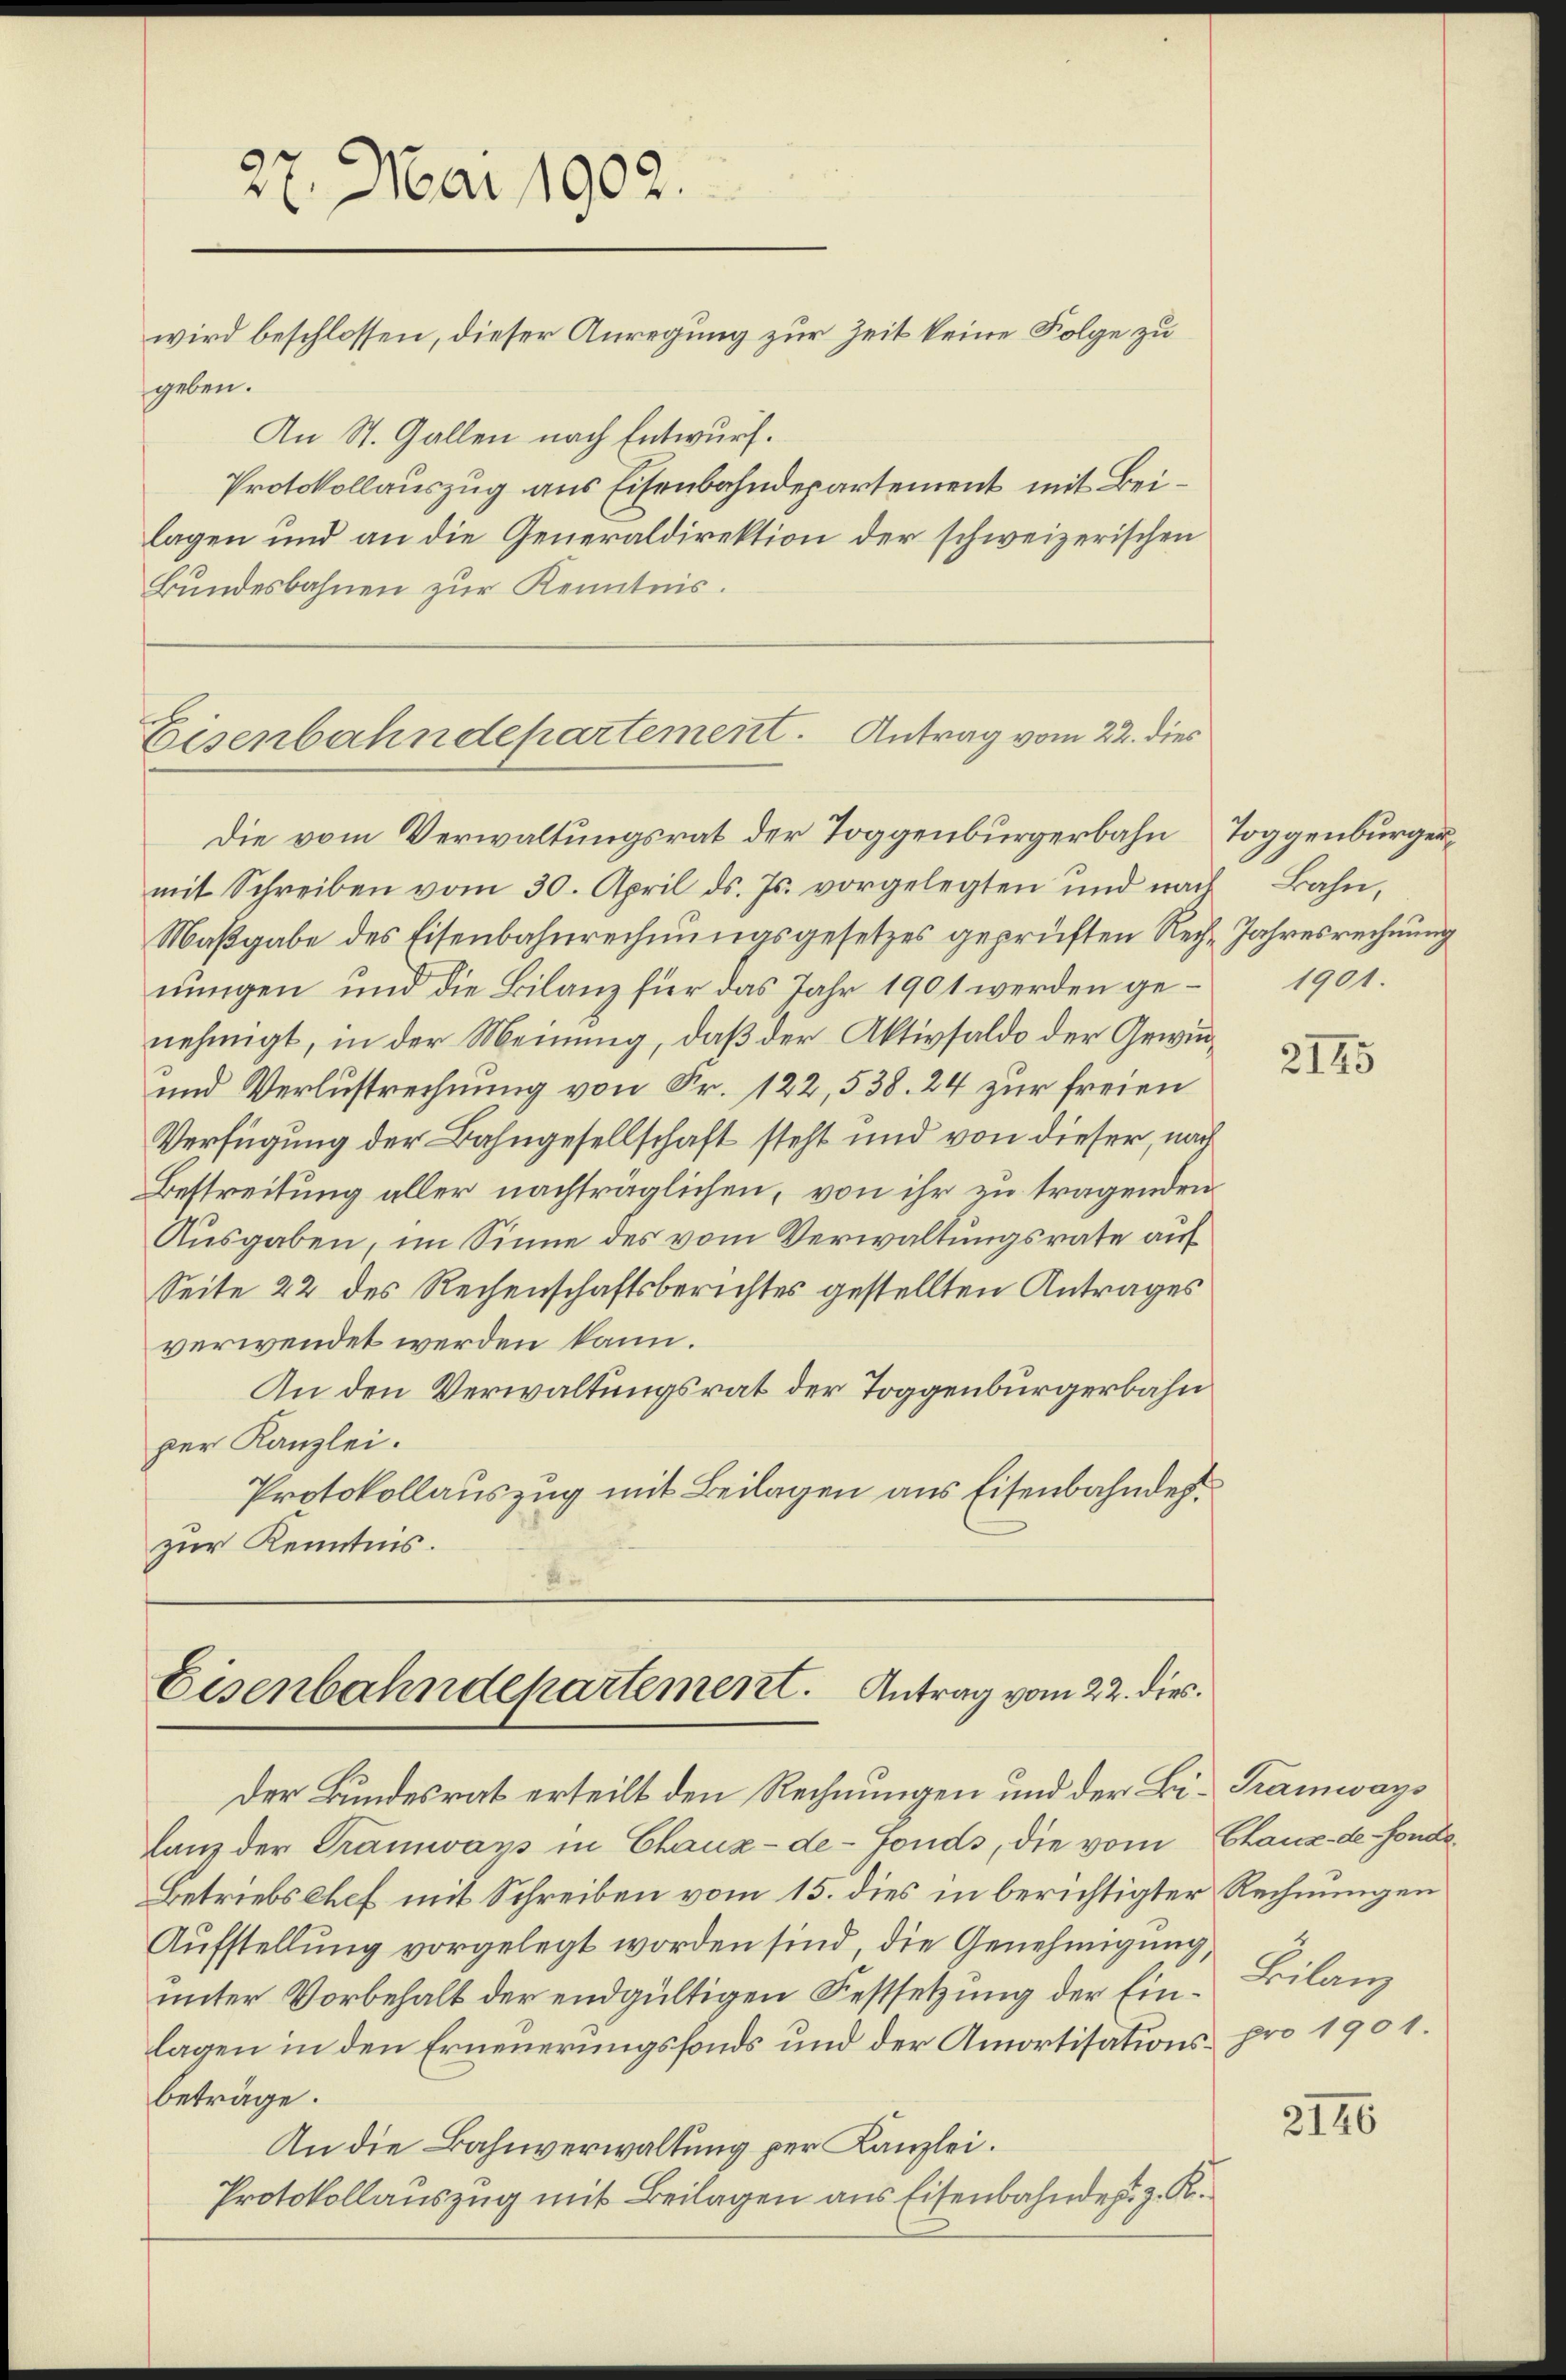
27. Mai 1902.
wird beschlossen, dieser Anregung zur Zeit keine Folge zu
geben.
An St. Gallen nach Entwurf.

Die vom Verwaltungsrat der Toggenburgerbahn Toggenburgermit Schreiben vom 30. April d. Js. vorgelegten und nach Bahn,
Maßgabe des Eisenbahnrechnungsgesetzes geprüften Rech-Jahresrechnung
nungen und die Bilanz für das Jahr 1901 werden genehmigt, in der Meinung, daß der Aktivsaldo der Gewin¬
und Verlustrechnung von Fr. 122, 538. 24 zur freien
Verfügung der Bahngesellschaft steht und von dieser, nach
Bestreitung aller nachträglichen, von ihr zu tragenden
Ausgaben, im Sinne des vom Verwaltungsrate auf
Seite 22 des Rechenschaftsberichtes gestellten Antrages
verwendet werden kann.
An den Verwaltungsrat der Toggenbürgerbahn
per Kanzlei.
Protokollauszug mit Beilagen aus Eisenbahndet.
zur Kenntnis.

Protokollauszug aus Eisenbahndepartement mit Beilagen und an die Generaldirektion der schweizerischen
Bundesbahnen zur Kenntnis.
Eisenbahndepartement. Antrag vom 22. dies

Eisenbahndepartement. Antrag vom 22. dies

1901.

Der Bundesrat erteilt den Rechnungen und der Bi- Tramways
lanz der Tramways in Chaux-de-Fonds, die vom Chaux-de-Fonde
Betriebschef mit Schreiben vom 15. dies in berichtigter Rechnungen
Aufstellung vorgelegt worden sind, die Genehmigung,
unter Vorbehalt der endgültigen Festsetzung der Einlagen in den Erneuerungsfonds und der Amortisations pro 1901.
beträge.
An die Bahnverwaltung per Kanzlei.
Protokollauszug mit Beilagen aus Eisenbahnde s. z. R.

2145

Bilanz

2146